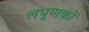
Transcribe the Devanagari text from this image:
लघुणकों